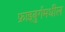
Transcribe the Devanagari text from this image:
फ्राइबुर्गमधील